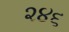
૨૪૬